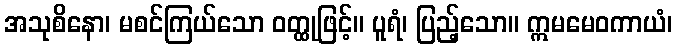
အသုစိနော၊ မစင်ကြယ်သော ဝတ္ထုဖြင့်။ ပူရံ၊ ပြည့်သော။ ဣမမေဝကာယံ၊